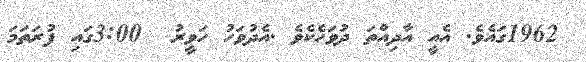
1962ގައެވެ. އެއީ އާދިއްތަ ދުވަހެކެވެ .އެދުވަހު ހަވީރު  3:00ގައި ފުރަތަމަ